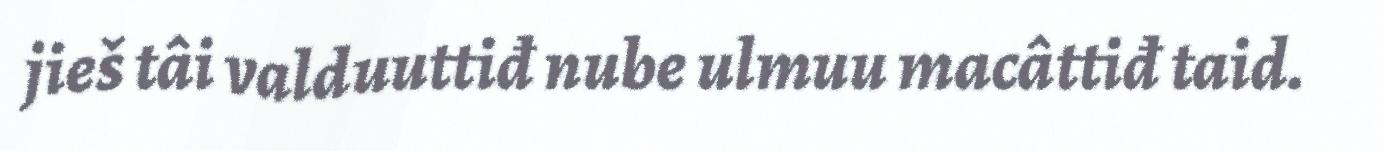
jieš tâi valduuttiđ nube ulmuu macâttiđ taid.